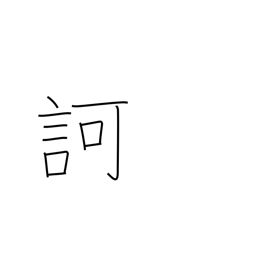
Meaning: scold